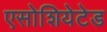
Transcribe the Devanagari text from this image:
एसोशियेटेड